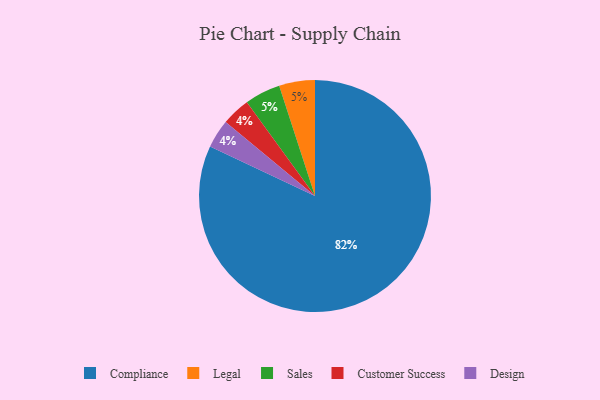
{"axis": {"x": "Category", "y": "Percentage"}, "legend": ["Compliance", "Customer Success", "Design", "Legal", "Sales"], "data": [{"x": "Compliance", "y": 82, "type": "Compliance"}, {"x": "Legal", "y": 5, "type": "Legal"}, {"x": "Customer Success", "y": 4, "type": "Customer Success"}, {"x": "Design", "y": 4, "type": "Design"}, {"x": "Sales", "y": 5, "type": "Sales"}]}